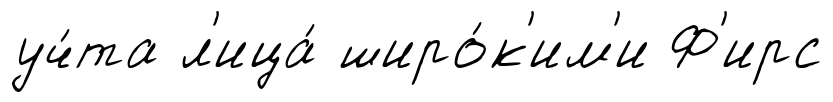
уч́та л'ица́ широ́к'им'и Ф'ирс